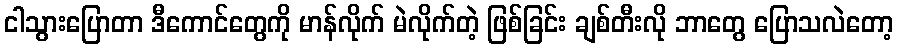
ငါသွားပြောတာ ဒီကောင်တွေကို မာန်လိုက် မဲလိုက်တဲ့ ဖြစ်ခြင်း ချစ်တီးလို ဘာတွေ ပြောသလဲတော့